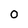
Character: 0